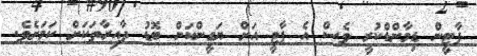
ޕާޓީން ޑިމާންޑްކުރީ ވެސް އެ ޕާޓީ އަށް ޔަގީންކަން ބޮޑު ދާއިރާތަކަށް ކަމަށެވެ.